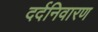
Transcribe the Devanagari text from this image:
दर्दनिवारण